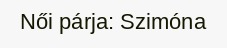
Női párja: Szimóna